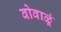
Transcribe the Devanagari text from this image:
वोवाळूं